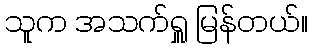
သူက အသက်ရှူ မြန်တယ်။